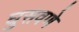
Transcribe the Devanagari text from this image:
घुसवणे